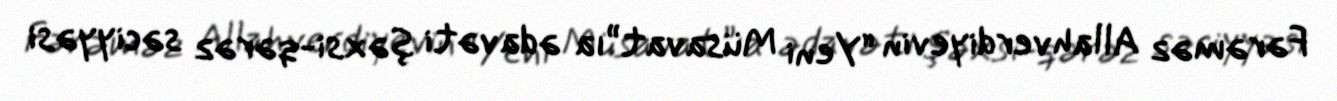
Fərəməz Allahverdiyevin “Yeni Müsavat”ıa ədavəti şəxsi-qərəz səciyyəsi